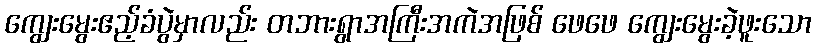
ကျွေးမွေးဧည့်ခံပွဲမှာလည်း တဘားရွာအကြီးအကဲအဖြစ် ဖေဖေ ကျွေးမွေးခဲ့ဖူးသော